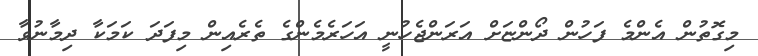
މިގޮތުން އެންމެ ފަހުން ދޯންޏަށް އަރަންޖެހުނީ އަހަރެމެންގެ ތެރެއިން މިފަދަ ކަމަކާ ދިމާނުވާ